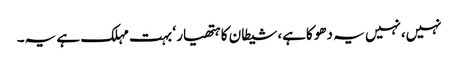
نہیں،نہیں یہ دھوکاہے،شیطان کا ہتھیار ‘ بہت مہلک ہے یہ۔